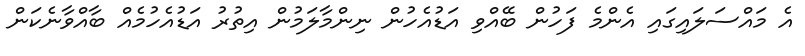
އެ މައްސަލައިގައި އެންމެ ފަހުން ބޭއްވި އަޑުއެހުން ނިންމާލަމުން އިތުރު އަޑުއެހުމެއް ބާއްވާނެކަން